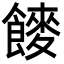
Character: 𮩍